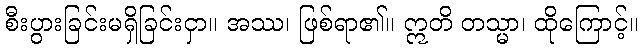
စီးပွားခြင်းမရှိခြင်းငှာ။ အဿ၊ ဖြစ်ရာ၏။ ဣတိ တသ္မာ၊ ထိုကြောင့်။